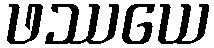
ဖဿယေ